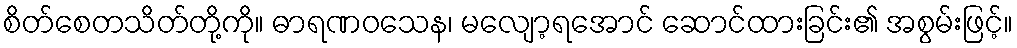
စိတ်စေတသိတ်တို့ကို။ ဓာရဏဝသေန၊ မလျော့ရအောင် ဆောင်ထားခြင်း၏ အစွမ်းဖြင့်။